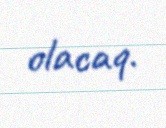
olacaq.